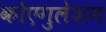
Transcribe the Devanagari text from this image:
कोएगुलेशन